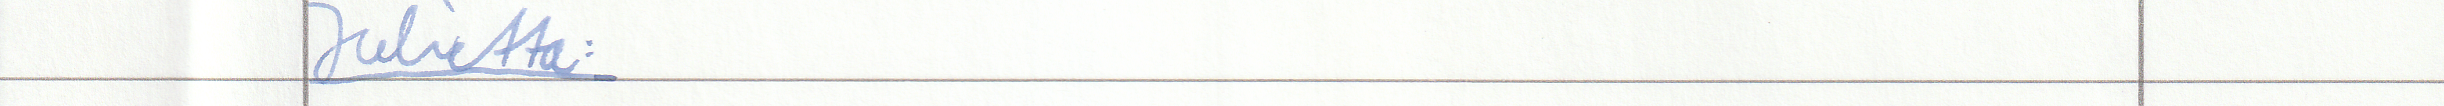
Julietta: